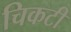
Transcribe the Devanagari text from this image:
चिकटी